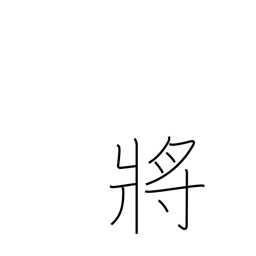
Meaning: admiral